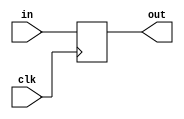
//-----------------------------------------------------------------------------
//
// Title       : ID_EX_op
// Design      : pipline
// Author      : 
// Company     : 
//
//-----------------------------------------------------------------------------
//
// Generated   : Fri Dec 25 14:00:32 2015
// From        : interface description file
// By          : Itf2Vhdl ver. 1.22
//
//-----------------------------------------------------------------------------
//
// Description : 
//
//-----------------------------------------------------------------------------
`timescale 1 ns / 1 ps

//{{ Section below this comment is automatically maintained
//   and may be overwritten
//{module {ID_EX_op}}
module ID_EX_op (
	input [3:0] in,
	output reg [3:0] out,
	input clk
	);		 
	
	always @(posedge clk)
		begin
			out<=in;
		end
//}} End of automatically maintained section

// -- Enter your statements here -- //

endmodule